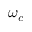
\omega _ { c }